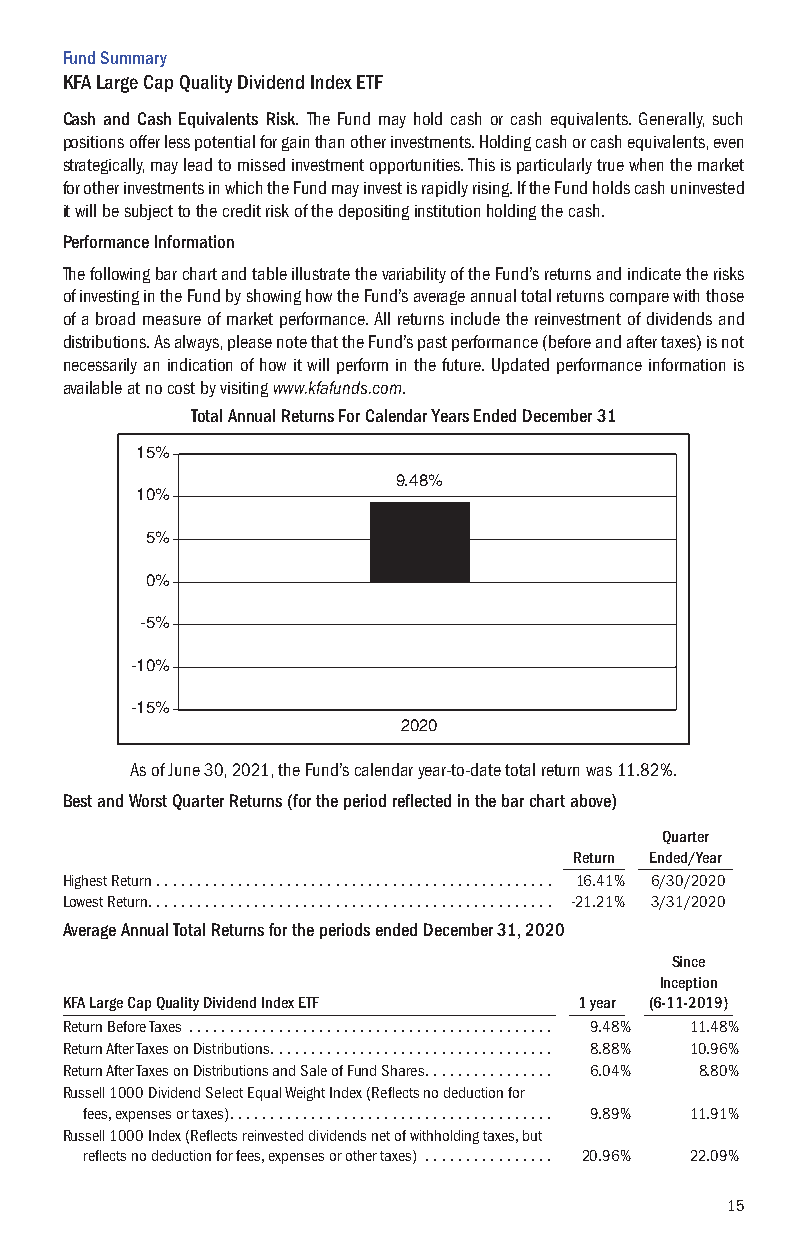
Fund Summary
 KFA Large Cap Quality Dividend Index ETF
 Cash and Cash Equivalents Risk. The Fund may hold cash or cash equivalents. Generally, such
 positions offer less potential for gain than other investments. Holding cash or cash equivalents, even
 strategically, may lead to missed investment opportunities. This is particularly true when the market
 for other investments in which the Fund may invest is rapidly rising. If the Fund holds cash uninvested
 it will be subject to the credit risk of the depositing institution holding the cash.
 Performance Information
 The following bar chart and table illustrate the variability of the Fund’s returns and indicate the risks
 of investing in the Fund by showing how the Fund’s average annual total returns compare with those
 of a broad measure of market performance. All returns include the reinvestment of dividends and
 distributions. As always, please note that the Fund’s past performance (before and after taxes) is not
 necessarily an indication of how it will perform in the future. Updated performance information is
 available at no cost by visiting www.kfafunds.com.
 Total Annual Returns For Calendar Years Ended December 31
 15%
 9.48%
 10%
 5%
 0%
 -5%
 -10%
 -15%
 2020
 As of June 30, 2021, the Fund’s calendar year-to-date total return was 11.82%.
 Best and Worst Quarter Returns (for the period reflected in the bar chart above)
 Quarter
 Return Ended/Year
 Highest Return . . . . . . . . . . . . . . . . . . . . . . . . . . . . . . . . . . . . . . . . . . . . . . . . . 16.41% 6/30/2020
 Lowest Return. . . . . . . . . . . . . . . . . . . . . . . . . . . . . . . . . . . . . . . . . . . . . . . . . . -21.21% 3/31/2020
 Average Annual Total Returns for the periods ended December 31, 2020
 Since
 Inception
 KFA Large Cap Quality Dividend Index ETF 1 year (6-11-2019)
 Return Before Taxes . . . . . . . . . . . . . . . . . . . . . . . . . . . . . . . . . . . . . . . . . . . . . 9.48% 11.48%
 Return After Taxes on Distributions. . . . . . . . . . . . . . . . . . . . . . . . . . . . . . . . . . . 8.88% 10.96%
 Return After Taxes on Distributions and Sale of Fund Shares. . . . . . . . . . . . . . . . 6.04% 8.80%
 Russell 1000 Dividend Select Equal Weight Index (Reflects no deduction for
 fees, expenses or taxes). . . . . . . . . . . . . . . . . . . . . . . . . . . . . . . . . . . . . . . . 9.89% 11.91%
 Russell 1000 Index (Reflects reinvested dividends net of withholding taxes, but
 reflects no deduction for fees, expenses or other taxes) . . . . . . . . . . . . . . . . 20.96% 22.09%
 15